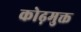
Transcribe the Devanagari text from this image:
कोढ़मुक्त